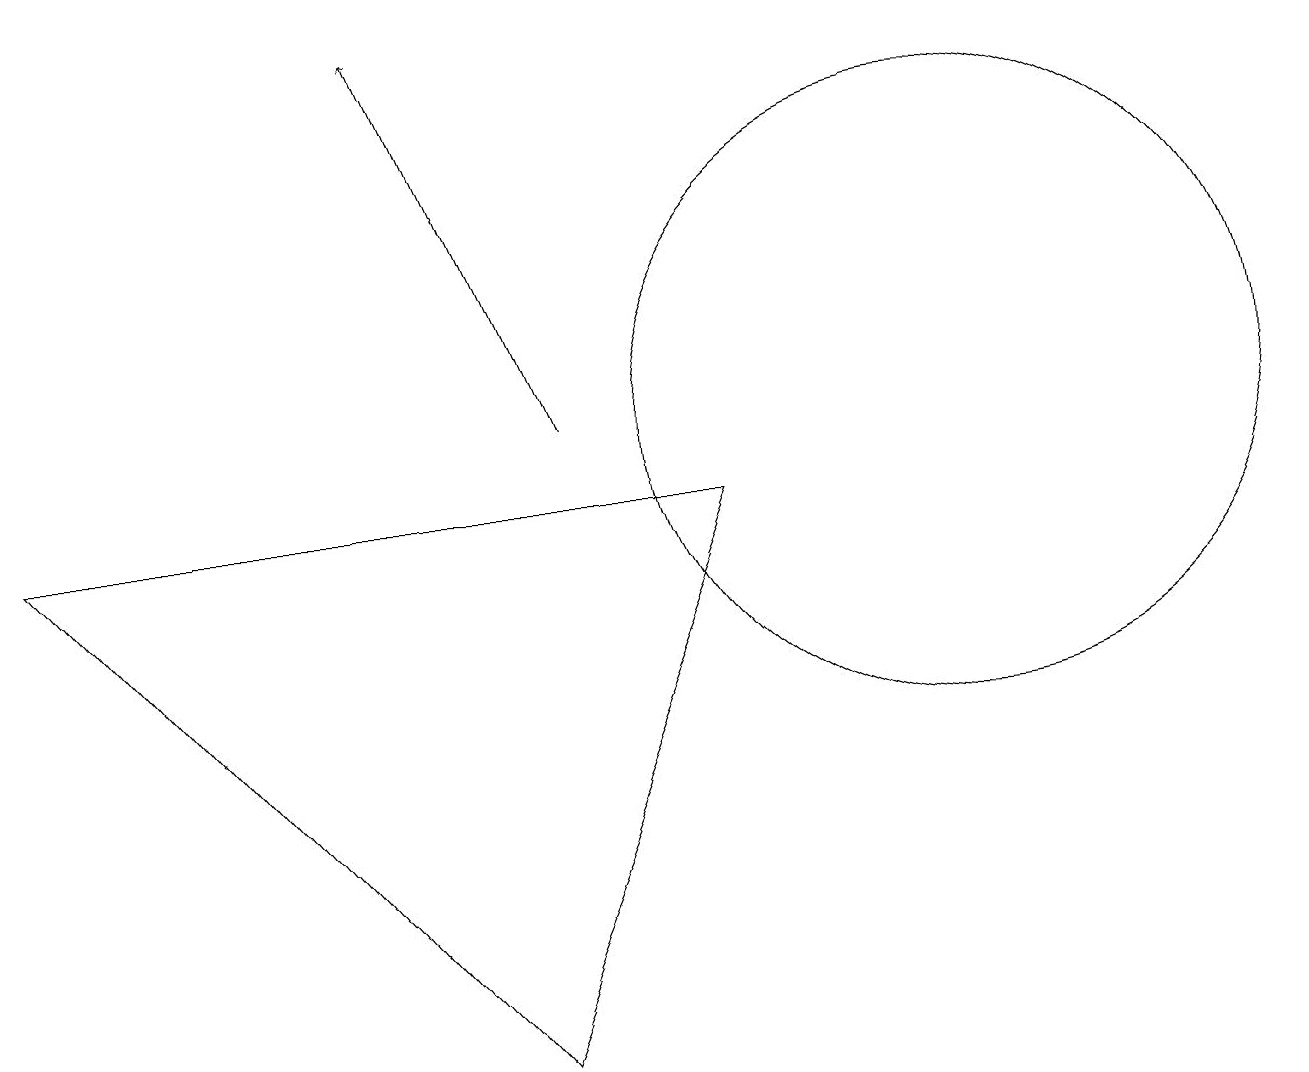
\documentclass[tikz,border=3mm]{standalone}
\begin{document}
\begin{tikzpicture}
\draw[->] (7,10) -- (5,15);
\draw (6,2) -- (0,9) -- (9,9) -- cycle;
\draw (12,10) circle (4);
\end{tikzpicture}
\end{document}